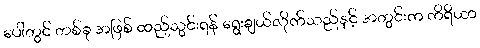
ပေါ်တွင် တစ်ခု အဖြစ် ထည့်သွင်းရန် ရွေးချယ်လိုက်သည်နှင့် အတွင်းက ကိရိယာ